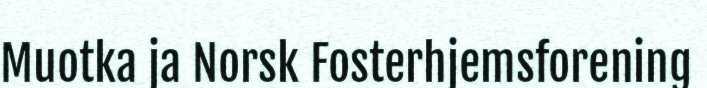
Muotka ja Norsk Fosterhjemsforening